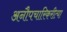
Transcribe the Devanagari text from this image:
अनौपचारिकरीत्या